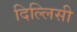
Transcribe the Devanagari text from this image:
दिल्लिसी